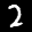
Label: 2